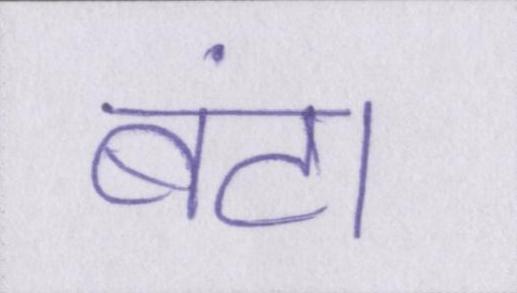
बंटा